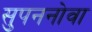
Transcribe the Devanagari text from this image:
सुपननोवा